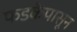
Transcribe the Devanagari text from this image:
फडकेंपासून